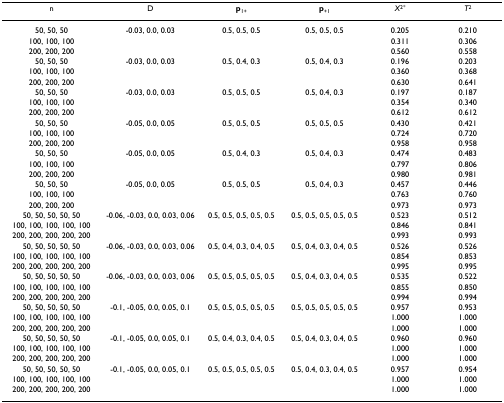
<table><thead><tr><td><b>n</b></td><td><b>D</b></td><td><b>p<sub>1+</sub></b></td><td><b>p<sub>+1</sub></b></td><td><b><i>X</i><sup>2*</sup></b></td><td><b><i>T</i><sup>2</sup></b></td></tr></thead><tbody><tr><td>50, 50, 50</td><td>-0.03, 0.0, 0.03</td><td>0.5, 0.5, 0.5</td><td>0.5, 0.5, 0.5</td><td>0.205</td><td>0.210</td></tr><tr><td>100, 100, 100</td><td></td><td></td><td></td><td>0.311</td><td>0.306</td></tr><tr><td>200, 200, 200</td><td></td><td></td><td></td><td>0.560</td><td>0.558</td></tr><tr><td>50, 50, 50</td><td>-0.03, 0.0, 0.03</td><td>0.5, 0.4, 0.3</td><td>0.5, 0.4, 0.3</td><td>0.196</td><td>0.203</td></tr><tr><td>100, 100, 100</td><td></td><td></td><td></td><td>0.360</td><td>0.368</td></tr><tr><td>200, 200, 200</td><td></td><td></td><td></td><td>0.630</td><td>0.641</td></tr><tr><td>50, 50, 50</td><td>-0.03, 0.0, 0.03</td><td>0.5, 0.5, 0.5</td><td>0.5, 0.4, 0.3</td><td>0.197</td><td>0.187</td></tr><tr><td>100, 100, 100</td><td></td><td></td><td></td><td>0.354</td><td>0.340</td></tr><tr><td>200, 200, 200</td><td></td><td></td><td></td><td>0.612</td><td>0.612</td></tr><tr><td>50, 50, 50</td><td>-0.05, 0.0, 0.05</td><td>0.5, 0.5, 0.5</td><td>0.5, 0.5, 0.5</td><td>0.430</td><td>0.421</td></tr><tr><td>100, 100, 100</td><td></td><td></td><td></td><td>0.724</td><td>0.720</td></tr><tr><td>200, 200, 200</td><td></td><td></td><td></td><td>0.958</td><td>0.958</td></tr><tr><td>50, 50, 50</td><td>-0.05, 0.0, 0.05</td><td>0.5, 0.4, 0.3</td><td>0.5, 0.4, 0.3</td><td>0.474</td><td>0.483</td></tr><tr><td>100, 100, 100</td><td></td><td></td><td></td><td>0.797</td><td>0.806</td></tr><tr><td>200, 200, 200</td><td></td><td></td><td></td><td>0.980</td><td>0.981</td></tr><tr><td>50, 50, 50</td><td>-0.05, 0.0, 0.05</td><td>0.5, 0.5, 0.5</td><td>0.5, 0.4, 0.3</td><td>0.457</td><td>0.446</td></tr><tr><td>100, 100, 100</td><td></td><td></td><td></td><td>0.763</td><td>0.760</td></tr><tr><td>200, 200, 200</td><td></td><td></td><td></td><td>0.973</td><td>0.973</td></tr><tr><td>50, 50, 50, 50, 50</td><td>-0.06, -0.03, 0.0, 0.03, 0.06</td><td>0.5, 0.5, 0.5, 0.5, 0.5</td><td>0.5, 0.5, 0.5, 0.5, 0.5</td><td>0.523</td><td>0.512</td></tr><tr><td>100, 100, 100, 100, 100</td><td></td><td></td><td></td><td>0.846</td><td>0.841</td></tr><tr><td>200, 200, 200, 200, 200</td><td></td><td></td><td></td><td>0.993</td><td>0.993</td></tr><tr><td>50, 50, 50, 50, 50</td><td>-0.06, -0.03, 0.0, 0.03, 0.06</td><td>0.5, 0.4, 0.3, 0.4, 0.5</td><td>0.5, 0.4, 0.3, 0.4, 0.5</td><td>0.526</td><td>0.526</td></tr><tr><td>100, 100, 100, 100, 100</td><td></td><td></td><td></td><td>0.854</td><td>0.853</td></tr><tr><td>200, 200, 200, 200, 200</td><td></td><td></td><td></td><td>0.995</td><td>0.995</td></tr><tr><td>50, 50, 50, 50, 50</td><td>-0.06, -0.03, 0.0, 0.03, 0.06</td><td>0.5, 0.5, 0.5, 0.5, 0.5</td><td>0.5, 0.4, 0.3, 0.4, 0.5</td><td>0.535</td><td>0.522</td></tr><tr><td>100, 100, 100, 100, 100</td><td></td><td></td><td></td><td>0.855</td><td>0.850</td></tr><tr><td>200, 200, 200, 200, 200</td><td></td><td></td><td></td><td>0.994</td><td>0.994</td></tr><tr><td>50, 50, 50, 50, 50</td><td>-0.1, -0.05, 0.0, 0.05, 0.1</td><td>0.5, 0.5, 0.5, 0.5, 0.5</td><td>0.5, 0.5, 0.5, 0.5, 0.5</td><td>0.957</td><td>0.953</td></tr><tr><td>100, 100, 100, 100, 100</td><td></td><td></td><td></td><td>1.000</td><td>1.000</td></tr><tr><td>200, 200, 200, 200, 200</td><td></td><td></td><td></td><td>1.000</td><td>1.000</td></tr><tr><td>50, 50, 50, 50, 50</td><td>-0.1, -0.05, 0.0, 0.05, 0.1</td><td>0.5, 0.4, 0.3, 0.4, 0.5</td><td>0.5, 0.4, 0.3, 0.4, 0.5</td><td>0.960</td><td>0.960</td></tr><tr><td>100, 100, 100, 100, 100</td><td></td><td></td><td></td><td>1.000</td><td>1.000</td></tr><tr><td>200, 200, 200, 200, 200</td><td></td><td></td><td></td><td>1.000</td><td>1.000</td></tr><tr><td>50, 50, 50, 50, 50</td><td>-0.1, -0.05, 0.0, 0.05, 0.1</td><td>0.5, 0.5, 0.5, 0.5, 0.5</td><td>0.5, 0.4, 0.3, 0.4, 0.5</td><td>0.957</td><td>0.954</td></tr><tr><td>100, 100, 100, 100, 100</td><td></td><td></td><td></td><td>1.000</td><td>1.000</td></tr><tr><td>200, 200, 200, 200, 200</td><td></td><td></td><td></td><td>1.000</td><td>1.000</td></tr></tbody></table>